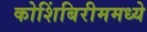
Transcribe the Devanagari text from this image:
कोशिंबिरीममध्ये